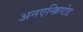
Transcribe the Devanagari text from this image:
अनएन्क्रिप्टेड